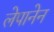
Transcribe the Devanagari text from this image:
लेपानेन